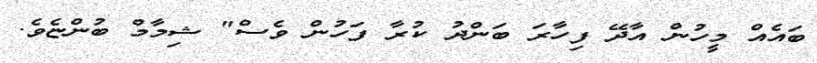
ބައެއް މީހުން އާދޭ ފިހާރަ ބަންދު ކުރާ ފަހުން ވެސް" ޝިމާމް ބުންޏެވެ.